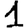
Digit: 1